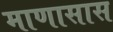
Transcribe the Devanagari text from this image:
माणासास